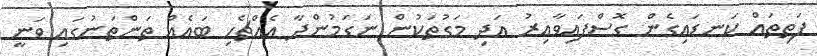
ފަތިތައް ކަނޑައިގެން ގޮސްފައިވާއިރު އަދި މަގުތަކުން ނަގަމުންދާ އެއްޗެހި ބައެއް ތަންތަނުގައި ވަނީ